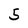
Character: 5